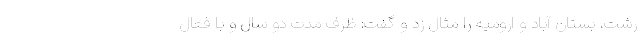
رشت، بستان آباد و ارومیه را مثال زد و گفت: ظرف مدت دو سال و با فعال